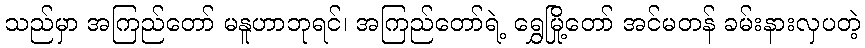
သည်မှာ အကြည်တော် မနူဟာဘုရင်၊ အကြည်တော်ရဲ့ ရွှေမြို့တော် အင်မတန် ခမ်းနားလှပတဲ့